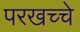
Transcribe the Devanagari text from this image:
परखच्चे